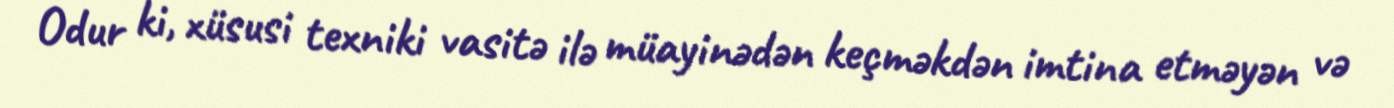
Odur ki, xüsusi texniki vasitə ilə müayinədən keçməkdən imtina etməyən və